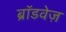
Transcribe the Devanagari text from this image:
ब्रॉडवेज़